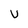
Character: v